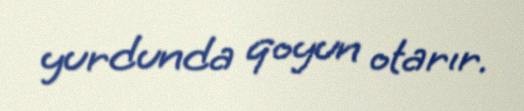
yurdunda qoyun otarır.